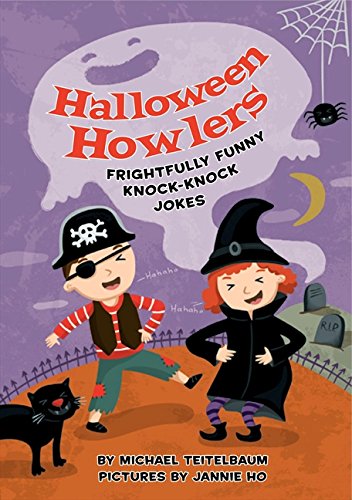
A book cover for Halloween Howlers: Frightfully Funny Knock-Knock Jokes; Michael Teitelbaum; Children's Books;